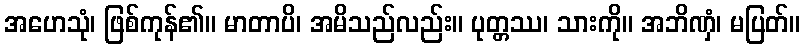
အဟေသုံ၊ ဖြစ်ကုန်၏။ မာတာပိ၊ အမိသည်လည်း။ ပုတ္တဿ၊ သားကို။ အဘိဏှံ၊ မပြတ်။